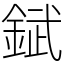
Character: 錻